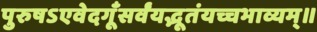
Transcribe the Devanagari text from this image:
पुरुषऽएवेदगूँसर्वंयद्भूतंयच्चभाव्यम्॥